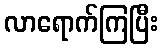
လာရောက်ကြပြီး